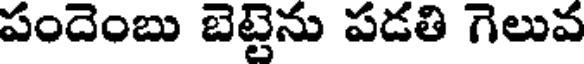
పందెంబు బెట్టెను పడతి గెలువ